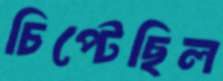
চিপ্‌টেছিল